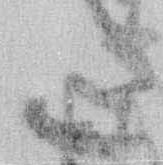
た